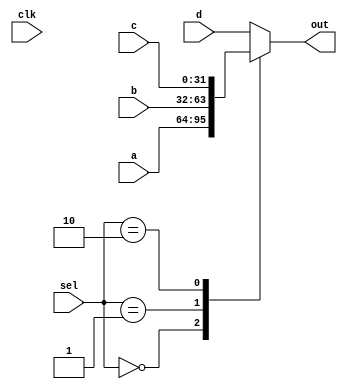
module mux_4x1 (
    input wire        clk,
    input wire [31:0] a,
    input wire [31:0] b,
    input wire [31:0] c,
    input wire [31:0] d,
    input wire [1:0]  sel,

    output reg [31:0] out
);

  always@(*)begin
    case(sel)
      2'b00: out = a;
      2'b01: out = b;
      2'b10: out = c;
      default: out = d;
    endcase
  end
endmodule